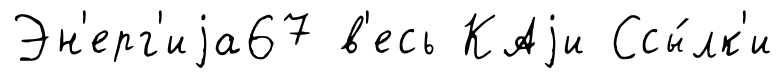
Эн'ерг'иjа67 в'есь КАjи Ссы́лк'и